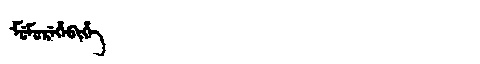
Manchu: ᠮᡠᠮᡠᡵᡝᡥᡝᠪᡳᡥᡝ
Romanization: MUMUREHEBIHE